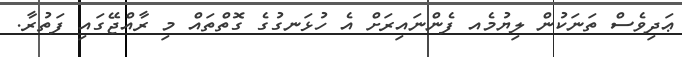
ޢަދިވެސް ތަނަކުން ލިޔުމެއ ފެންނައިރަށް އެ ހުޅަނގުގެ ގޮތްތައް މި ރާއްޖޭގައި ފަތުރާ.